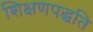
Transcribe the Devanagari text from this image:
शिक्षणपद्धति